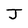
Character: J